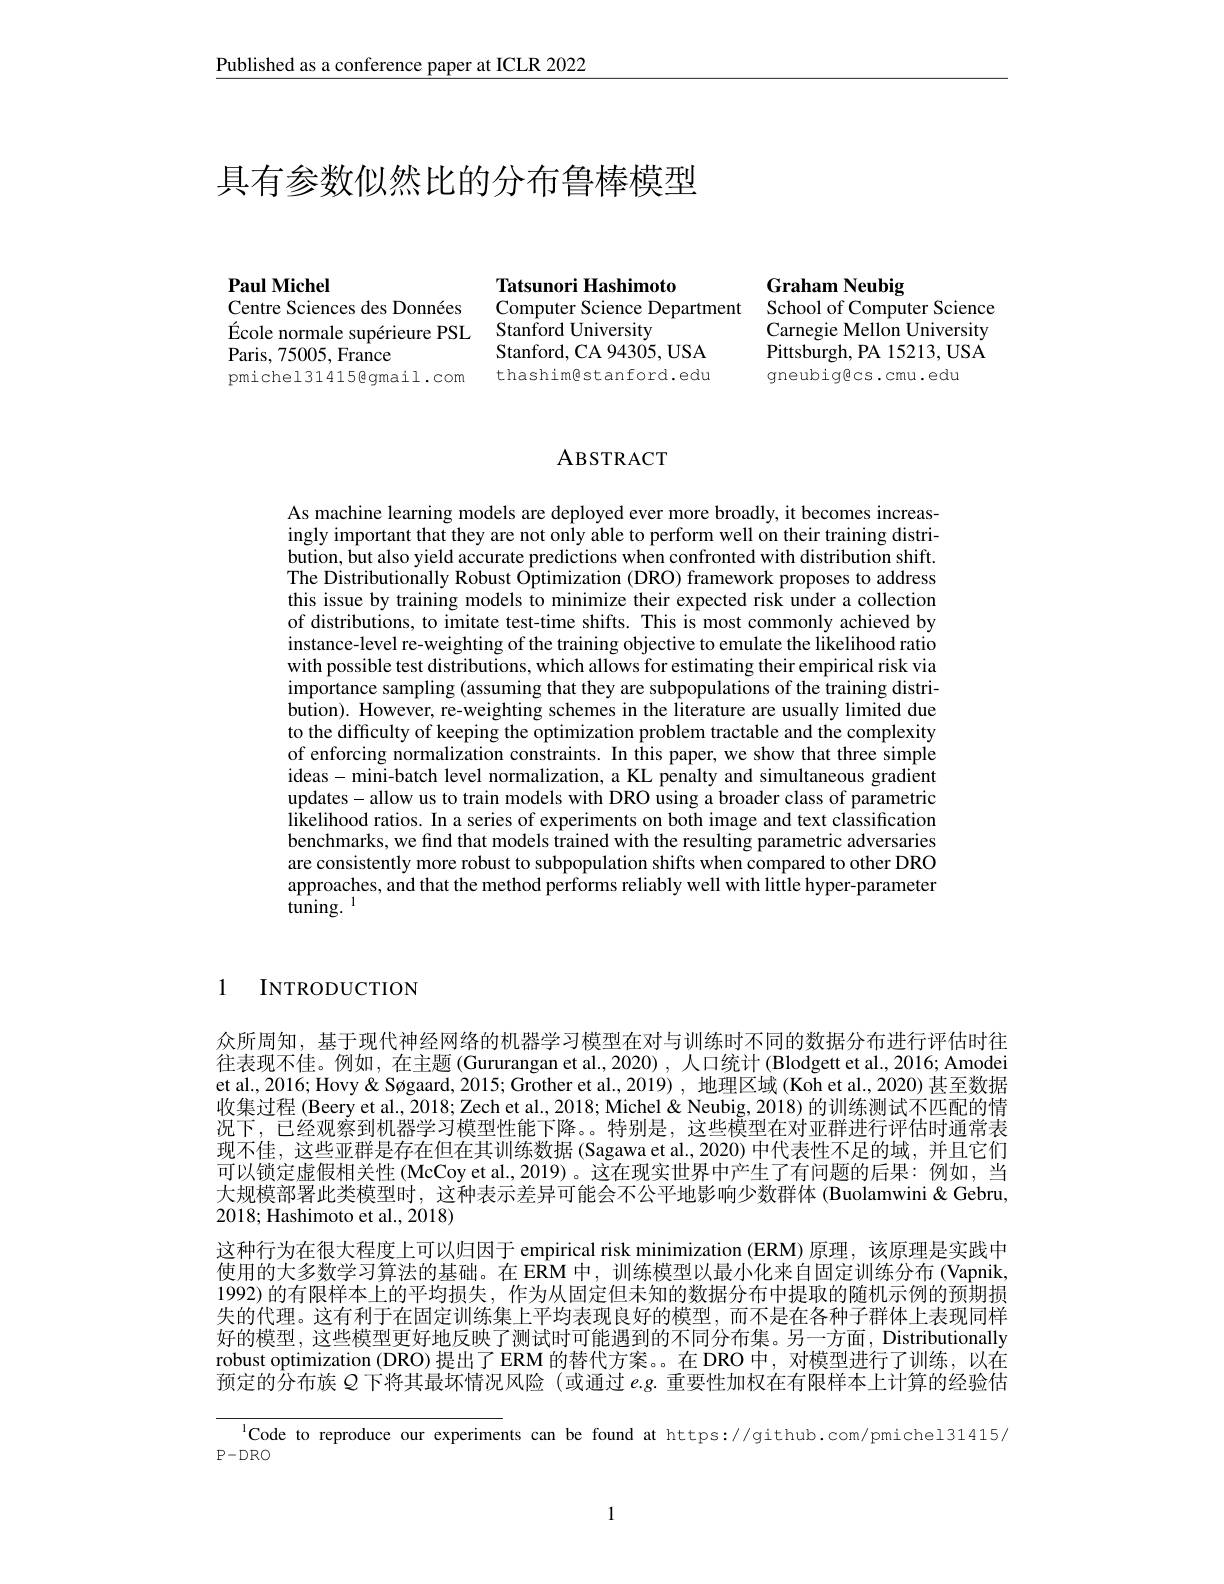
Published as a conference paper at ICLR 2022

# 具有参数似然比的分布鲁棒模型

Paul Michel
Centre Sciences des Données

École normale supérieure PSL
Paris, 75005, France
pmichel314158gmail.com

Tatsunori Hashimoto
Computer Science Department School of Computer Science
Stanford University
Stanford, CA 94305, USA thashimestanford.edu

Graham Neubig
Carnegie Mellon University Pittsburgh, PA 15213, USA gneubigges.cmu.edu

## ABSTRACT

As machine learning models are deployed ever more broadly, it becomes increasingly important that they are not only able to perform well on their training distribution, but also yield accurate predictions when confronted with distribution shift. The Distributionally Robust Optimization (DRO) framework proposes to address this issue by training models to minimize their expected risk under a collection of distributions, to imitate test-time shifts. This is most commonly achieved by instance-level re-weighting of the training objective to emulate the likelihood ratio with possible test distributions, which allows for estimating their empirical risk via importance sampling (assuming that they are subpopulations of the training distribution). However, re-weighting schemes in the literature are usually limited due to the difficulty of keeping the optimization problem tractable and the complexity of enforcing normalization constraints. In this paper, we show that three simple ideas- mini-batch level normalization, a KL penalty and simultaneous gradient updates- allow us to train models with DRO using a broader class of parametric likelihood ratios. In a series of experiments on both image and text classification benchmarks, we find that models trained with the resulting parametric adversaries are consistently more robust to subpopulation shifts when compared to other DRO approaches, and that the method performs reliably well with little hyper-parameter $tuning.^{1}$

1

INTRODUCTION

众所周知，基于现代神经网络的机器学习模型在对与训练时不同的数据分布进行评估时往往表现不佳。例如，在主题(Gururangan et al.,2020),人口统计(Blodgett et al.,2016; Amodei et al., 2016; Hovy & Søgaard, 2015; Grother et al., 2019) , 地理区域 (Koh et al., 2020) 甚至数据收集过程 (Beery et al., $\tilde{2018};$Zech et al., 2018; Michel & Neubig, 2018) 的训练测试不匹配的情况下，已经观察到机器学习模型性能下降。。特别是，这些模型在对亚群进行评估时通常表现不佳，这些亚群是存在但在其训练数据 (Sagawa et al.,2020) 中代表性不足的域，并且它们可以锁定虚假相关性 (McCoy et al.,2019)。这在现实世界中产生了有问题的后果：例如，当大规模部署此类模型时，这种表示差异可能会不公平地影响少数群体 (Buolamwini&Gebru, 2018; Hashimoto et al., 2018)
这种行为在很大程度上可以归因于 empirical risk minimization (ERM)原理，该原理是实践中使用的大多数学习算法的基础。在 ERM 中，训练模型以最小化来自固定训练分布 (Vapnik, 1992)的有限样本上的平均损失，作为从固定但未知的数据分布中提取的随机示例的预期损失的代理。这有利于在固定训练集上平均表现良好的模型，而不是在各种子群体上表现同样好的模型，这些模型更好地反映了测试时可能遇到的不同分布集。另一方面，Distributionally robust optimization (DRO)提出了ERM 的替代方案。在 DRO 中，对模型进行了训练，以在预定的分布族$Q$下将其最坏情况风险 (或通过$e.g.$重要性加权在有限样本上计算的经验估

lCode to reproduce our experiments can be found at https://github.com/pmichel31415/

$P-DRO$

1